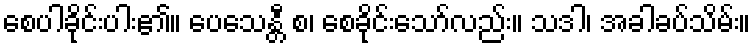
စေပါခိုင်းပါး၏။ ပေသေန္တီ စ၊ စေခိုင်းသော်လည်း။ သဒါ၊ အခါခပ်သိမ်း။